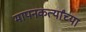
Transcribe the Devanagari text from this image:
मापनकर्त्यांच्या